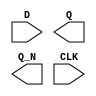
module sky130_fd_sc_hs__dfxbp (
    //# {{data|Data Signals}}
    input  D  ,
    output Q  ,
    output Q_N,

    //# {{clocks|Clocking}}
    input  CLK
);

    // Voltage supply signals
    supply1 VPWR;
    supply0 VGND;

endmodule